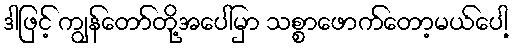
ဒါဖြင့် ကျွန်တော်တို့အပေါ်မှာ သစ္စာဖောက်တော့မယ်ပေါ့